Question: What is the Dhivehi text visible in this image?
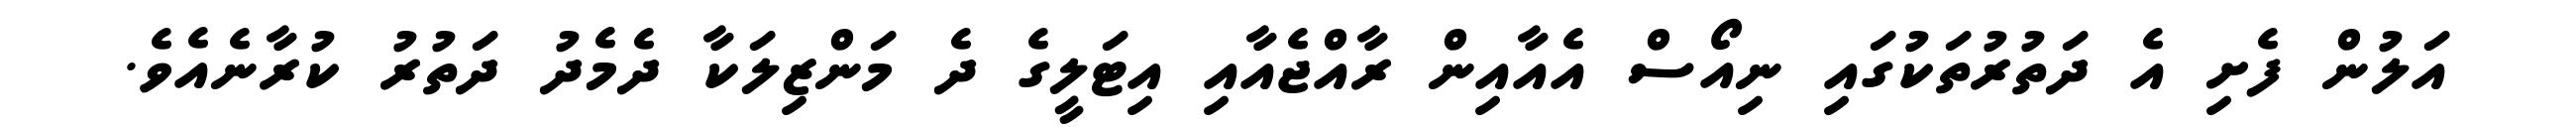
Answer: އަލުން ފެށި އެ ދަތުރުތަކުގައި ނިއޯސް އެއާއިން ރާއްޖެއާއި އިޓަލީގެ ދެ މަންޒިލަކާ ދެމެދު ދަތުރު ކުރާނެއެވެ.